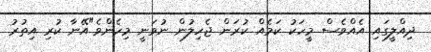
ދިއްލީގައި އެއްވެސް މީހަކު ކަމެއް ކުރަން ޖެހިލުން ނުވަނީ މިހެންވެ"އޭނާ ކުރި އިތުރު